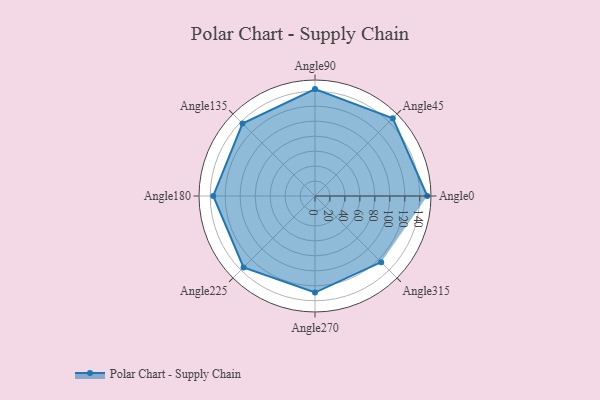
{"axis": {"x": "Angle", "y": "Radius"}, "legend": [""], "data": [{"x": "Angle0", "y": 150.0, "type": ""}, {"x": "Angle45", "y": 147.0, "type": ""}, {"x": "Angle90", "y": 143.0, "type": ""}, {"x": "Angle135", "y": 137.0, "type": ""}, {"x": "Angle180", "y": 136.0, "type": ""}, {"x": "Angle225", "y": 135.0, "type": ""}, {"x": "Angle270", "y": 129.0, "type": ""}, {"x": "Angle315", "y": 125.0, "type": ""}]}